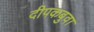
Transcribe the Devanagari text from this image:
दीपकबुवा